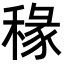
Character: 𫀿